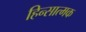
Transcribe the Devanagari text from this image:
हिन्सात्मक